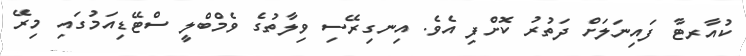
ކުއާރޓާ ފައިނަލަށް ދަތުރު ކޮށްފި އެވެ. އިނގިރޭސި ވިލާތުގެ ވެމްބްލީ ސްޓޭޑިއަމުގައި މިރޭ